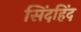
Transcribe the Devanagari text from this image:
सिंदहिंद